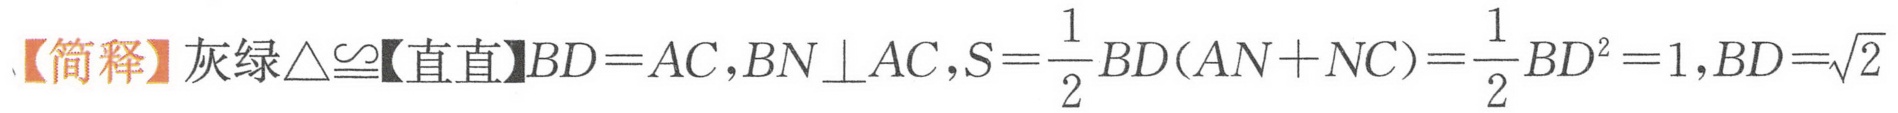
【简释】灰绿$\triangle\cong$【直直】$BD = AC,BN\perp AC,S=\dfrac{1}{2}BD(AN + NC)=\dfrac{1}{2}BD^{2}=1,BD=\sqrt{2}$